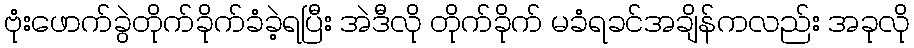
ဗုံးဖောက်ခွဲတိုက်ခိုက်ခံခဲ့ရပြီး အဲဒီလို တိုက်ခိုက် မခံရခင်အချိန်ကလည်း အခုလို